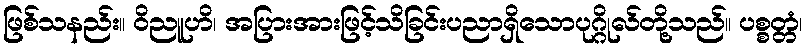
ဖြစ်သနည်း။ ဝိညူဟိ၊ အပြားအားဖြင့်သိခြင်းပညာရှိသောပုဂ္ဂိုလ်တို့သည်။ ပစ္စတ္တံ၊